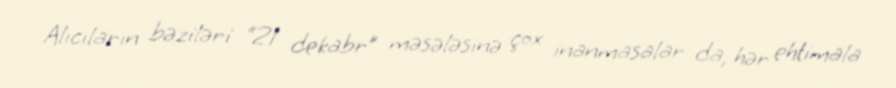
Alıcıların bəziləri “21 dekabr” məsələsinə çox inanmasalar da, hər ehtimala